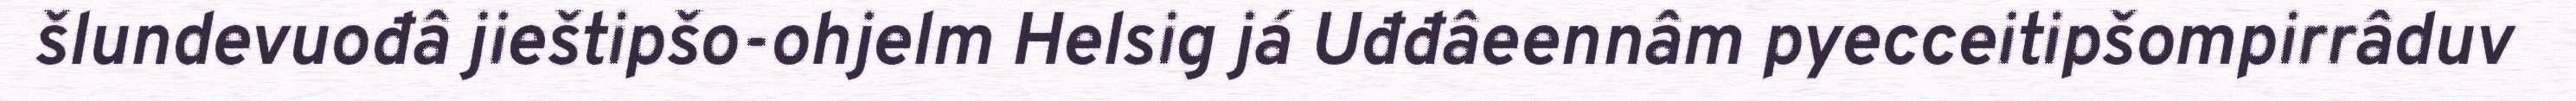
šlundevuođâ jieštipšo-ohjelm Helsig já Uđđâeennâm pyecceitipšompirrâduv